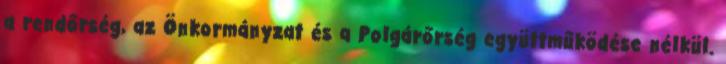
a rendőrség, az Önkormányzat és a Polgárőrség együttműködése nélkül.